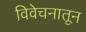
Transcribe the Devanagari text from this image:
विवेचनातून